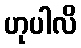
ဟုပါလိ